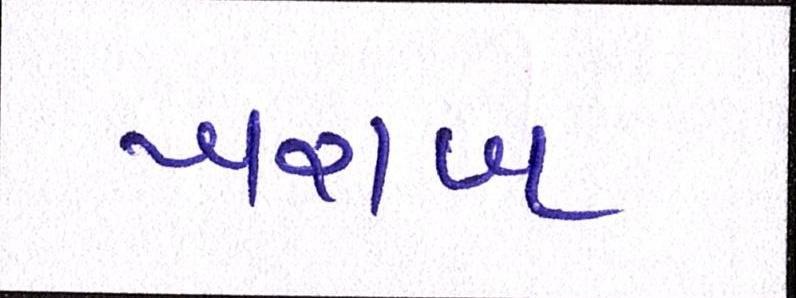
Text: ખરાબ